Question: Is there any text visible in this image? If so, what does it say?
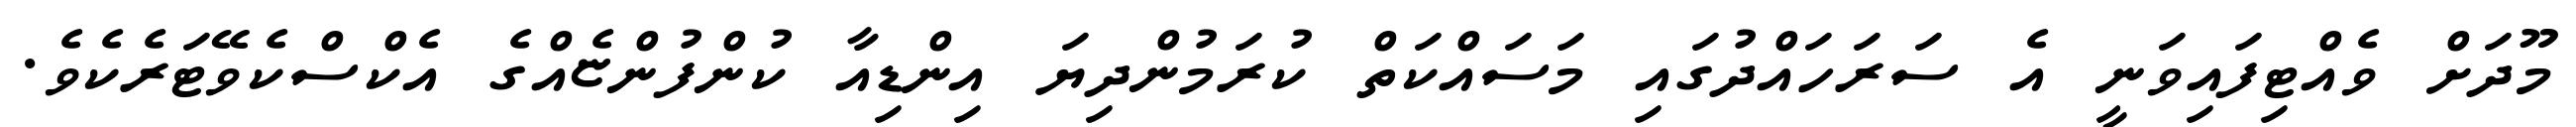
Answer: މޫދަށް ވެއްޓިފައިވަނީ އެ ސަރަހައްދުގައި މަސައްކަތް ކުރަމުންދިޔަ އިންޑިއާ ކުންފުންޏެއްގެ އެކްސްކެވޭޓަރެކެވެ.